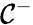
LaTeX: \mathcal{C}^{-}